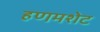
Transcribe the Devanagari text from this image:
हणमशेट